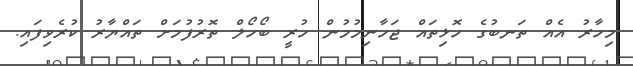
މިހާރު އެއް ތަނބުގެ ހޮޅިތައް ޖަހާނިމުމުން ހުރީ ބޯހޯލް ތޮރުފުމަށް ތައްޔާރު ކުރެވިފައި.